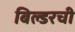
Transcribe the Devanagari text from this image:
बिल्डरची